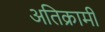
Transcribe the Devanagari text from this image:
अतिक्रामी